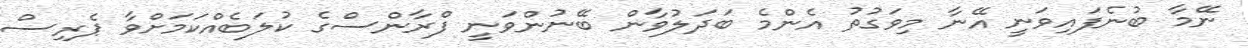
ނޭމާ ބުނެފައިވަނީ އޭނާ މިވަގުތު އެންމެ ބަދަލުވާން ބޭނުންވަނީ ފްރާންސްގެ ކުލަބެއްކަމަށްވާ ޕެރިސް